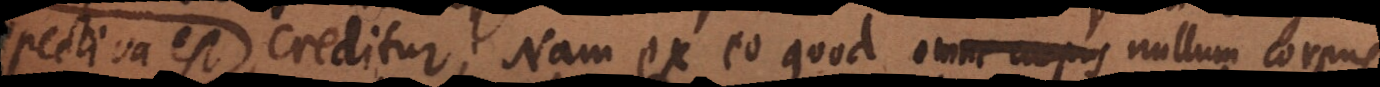
creditur. Nam ex eo quod omne corpus nullum corpus